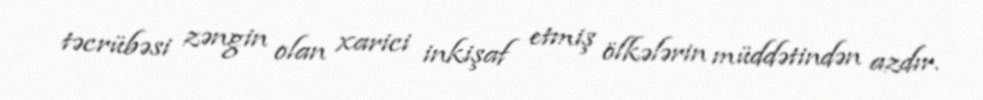
təcrübəsi zəngin olan xarici inkişaf etmiş ölkələrin müddətindən azdır.